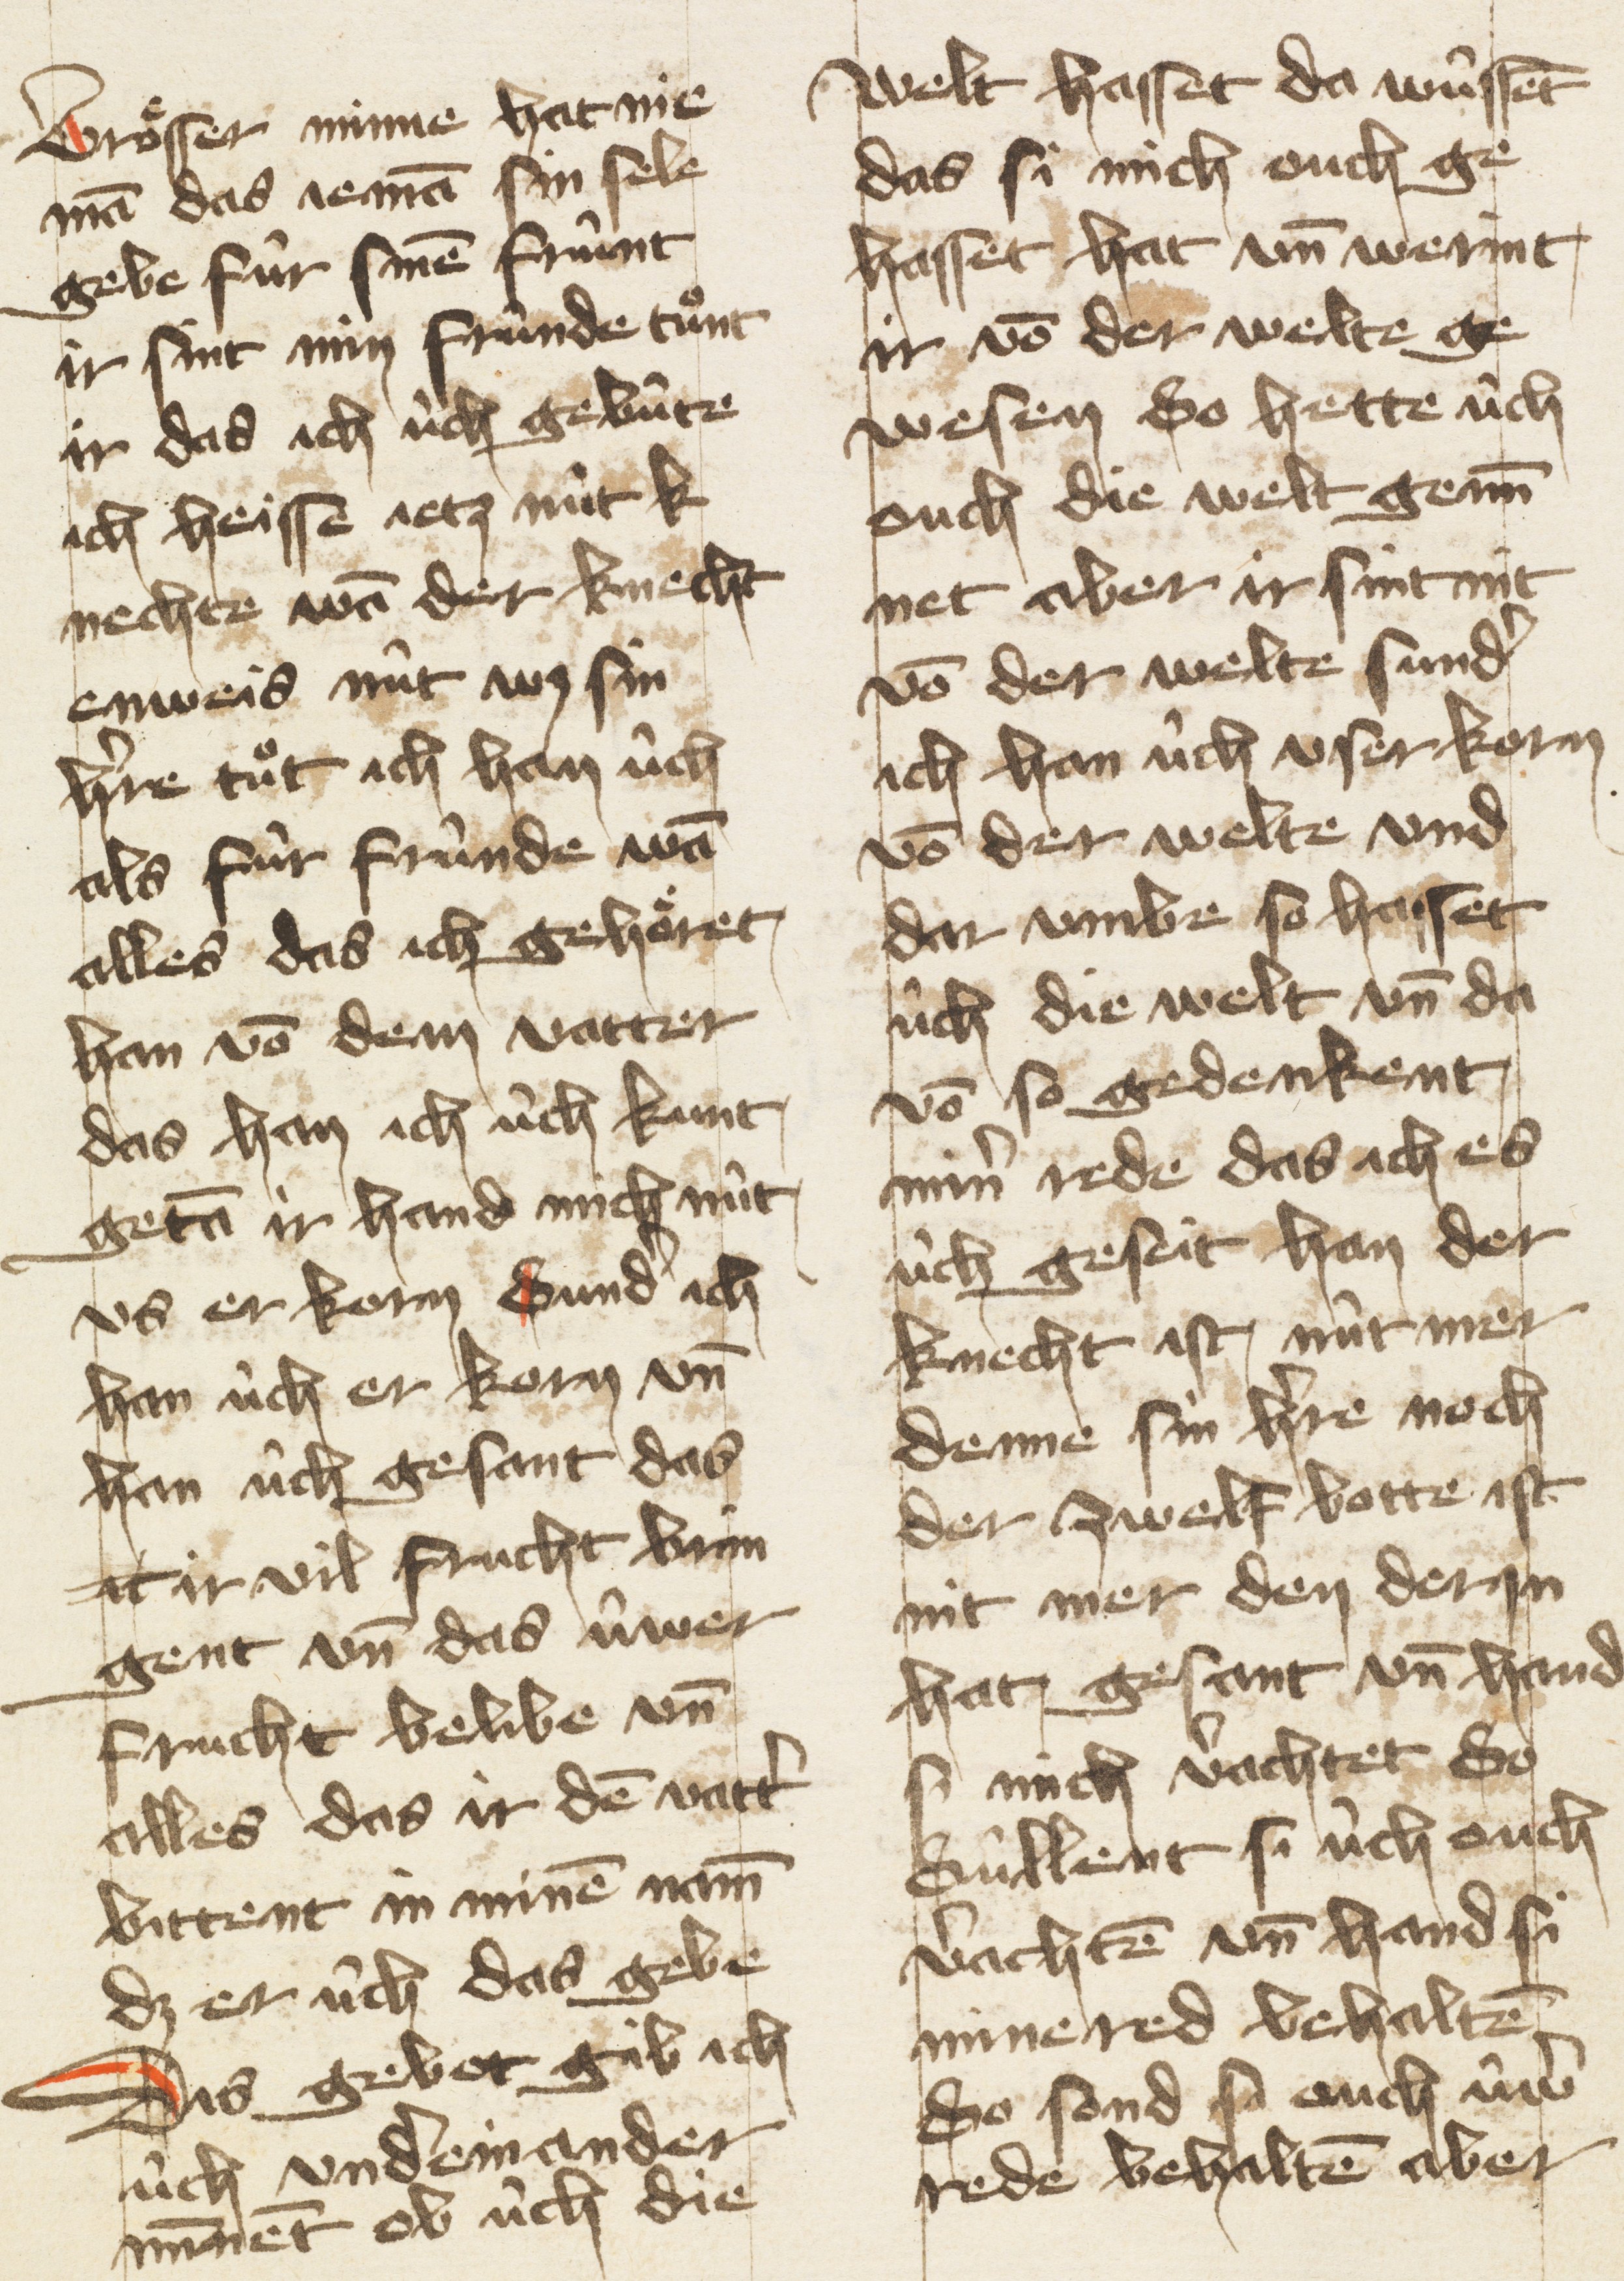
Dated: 1405–1435